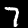
Digit: 7